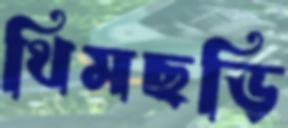
থিমছড়ি